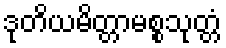
ဒုတိယမိတ္တာမစ္စသုတ္တံ